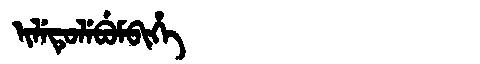
Manchu: ᡳᠯᡝᡨᡠᠯᡝᠪᡠᠮᠪᡳᡥᡝ
Romanization: ILETULEBUMBIHE